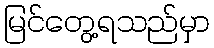
မြင်တွေ့ရသည်မှာ